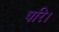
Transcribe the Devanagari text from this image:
परि।